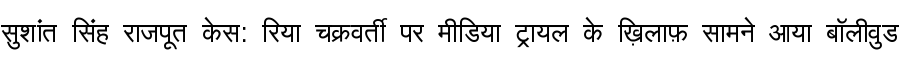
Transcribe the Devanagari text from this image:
सुशांत सिंह राजपूत केस: रिया चक्रवर्ती पर मीडिया ट्रायल के ख़िलाफ़ सामने आया बॉलीवुड